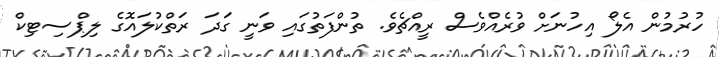
ހުރުމުން އެލޯ އިހުނަށް ވުރެއްވެސް ރީއްޗެވެ. ތުންފަތުގައި ވަނީ ގަދަ ރަތްކުލައޮގެ ލިޕްސިޓިކް